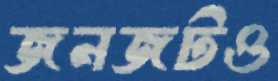
জনজটও